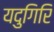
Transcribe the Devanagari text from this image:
यदुगिरि